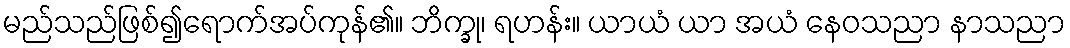
မည်သည်ဖြစ်၍ရောက်အပ်ကုန်၏။ ဘိက္ခု၊ ရဟန်း။ ယာယံ ယာ အယံ နေဝသညာ နာသညာ